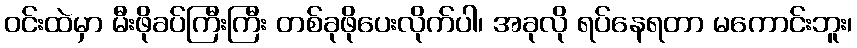
ဝင်းထဲမှာ မီးဖိုခပ်ကြီးကြီး တစ်ခုဖိုပေးလိုက်ပါ၊ အခုလို ရပ်နေရတာ မကောင်းဘူး၊